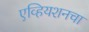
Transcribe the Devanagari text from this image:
एव्हियशनचा